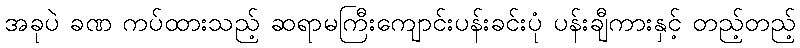
အခုပဲ ခဏ ကပ်ထားသည့် ဆရာမကြီးကျောင်းပန်းခင်းပုံ ပန်းချီကားနှင့် တည့်တည့်